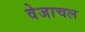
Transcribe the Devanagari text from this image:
वेजाचल